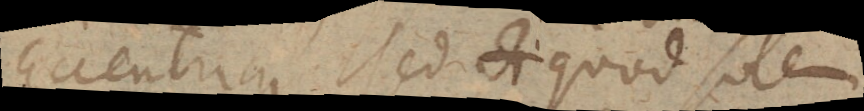
Eccentricus sed quod solem